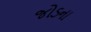
જોડના